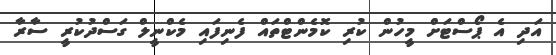
އަދި އެ ޕޯސްޓަށް މީހުން ކުރި ކޮމެންޓްތައް ފެނިފައި މެކްނީލް ގަސްދުކުރީ ސާރާ